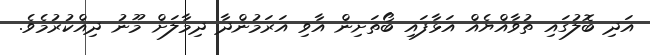
އަދި ބޮލުގައި ތުވާއްޔެއް އަޅާފައި ބޯތަށިން އާވި އަރަމުންދާ ދިމާލަށް މޫނު ދިއްކުރުމެވެ.